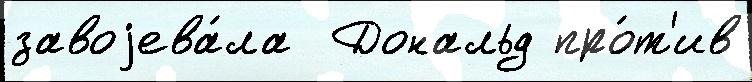
завоjева́ла  Дональд про́т'ив